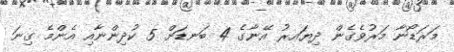
މަރަޑޯނާ މަރުވެގެން ދިޔައރު އޭނާގެ 4 ބަނޑަށް 5 ކުދިންނާއި އެންމެ ގިނަ